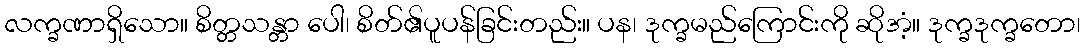
လက္ခဏာရှိသော။ စိတ္တသန္တာ ပေါ၊ စိတ်၏ပူပန်ခြင်းတည်း။ ပန၊ ဒုက္ခမည်ကြောင်းကို ဆိုအံ့။ ဒုက္ခဒုက္ခတော၊